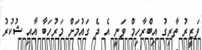
ވަޒީރު ތާރިގު އިބްރާހިމް ވަނީ އެ ދެ ގައުމަށް މަރުހަބާ އާއި ޝުކުރު